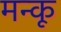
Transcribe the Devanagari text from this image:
मन्कू